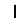
Digit: 1